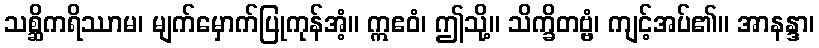
သစ္ဆိကရိဿာမ၊ မျက်မှောက်ပြုကုန်အံ့။ ဣဧဝံ၊ ဤသို့။ သိက္ခိတဗ္ဗံ၊ ကျင့်အပ်၏။ အာနန္ဒာ၊